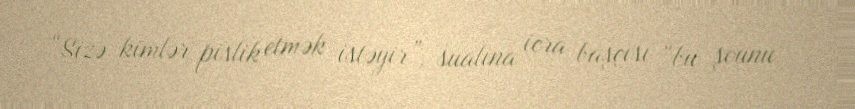
“Sizə kimlər pislik etmək istəyir”, sualına icra başçısı “bu şounu